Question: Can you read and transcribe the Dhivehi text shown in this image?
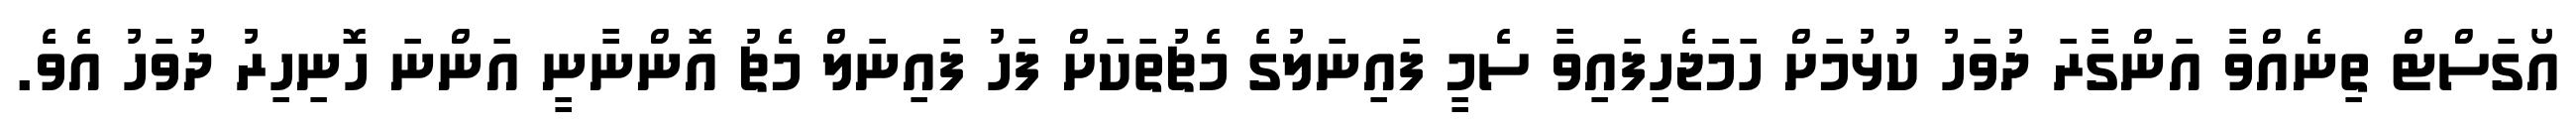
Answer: އޯގަސްޓް ތިނެއްވާ އަންގާރަ ދުވަހު ކުޅުމަށް ހަމަޖެހިފައިވާ ސެމީ ފައިނަލުގެ މެޗުތަކަށް ފަހު ފައިނަލް މެޗު އޮންނާނީ އަންނަ ހޮނިހިރު ދުވަހު އެވެ.